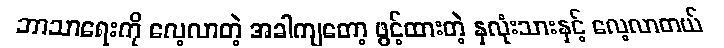
ဘာသာရေးကို လေ့လာတဲ့ အခါကျတော့ ဖွင့်ထားတဲ့ နှလုံးသားနှင့် လေ့လာတယ်